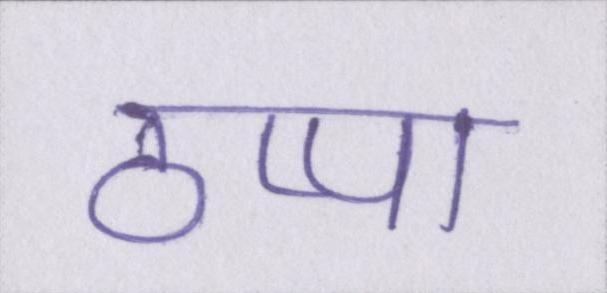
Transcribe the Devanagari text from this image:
ठप्पा